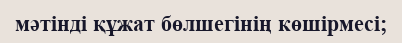
мәтінді құжат бөлшегінің көшірмесі;